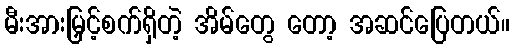
မီးအားမြှင့်စက်ရှိတဲ့ အိမ်တွေ တော့ အဆင်ပြေတယ်။